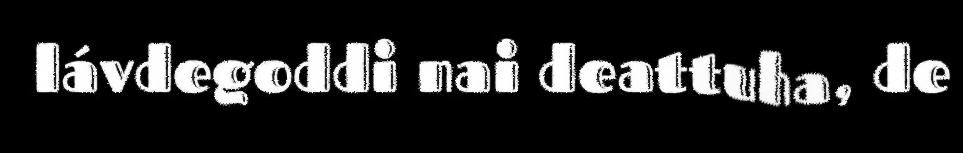
lávdegoddi nai deattuha, de